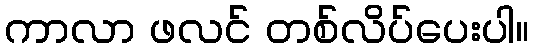
ကာလာ ဖလင် တစ်လိပ်ပေးပါ။